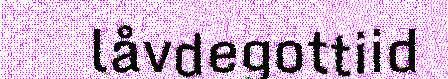
låvdegottiid